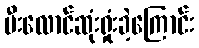
မီးလောင်ဆုံးရှုံးခဲ့ကြောင်း